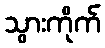
သွားကိုက်